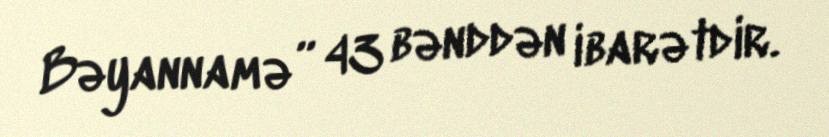
Bəyannamə” 43 bənddən ibarətdir.